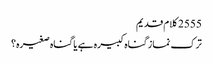
2555 کلام قدیم
ترک نماز گناہ کبیرہ ہے یا گناہ صغیرہ؟